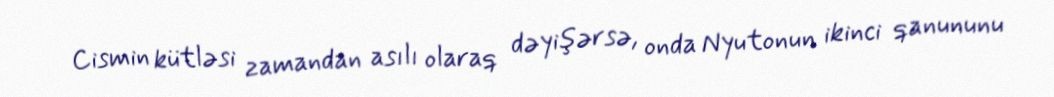
Cismin kütləsi zamandan asılı olaraq dəyişərsə, onda Nyutonun ikinci qanununu